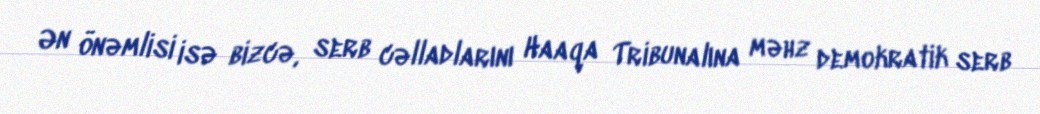
Ən önəmlisi isə bizcə, serb cəlladlarını Haaqa Tribunalına məhz demokratik serb